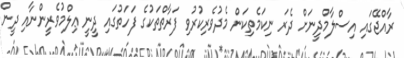
ރާއްޖޭގައި އިސްލާމްދީނަށް ދެރަ ނިކަމެތިކަން މެދުވެރިކުރުވި ފަރާތްތަކުގެ ފަހަތުގައި ދީނީ ޢިލްމުވެރީންނާއި ދީން